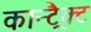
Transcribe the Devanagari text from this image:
कान्ट्रैक्ट